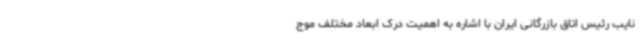
نایب رئیس اتاق بازرگانی ایران با اشاره به اهمیت درک ابعاد مختلف موج